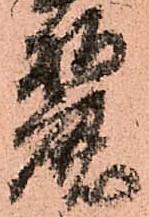
麗